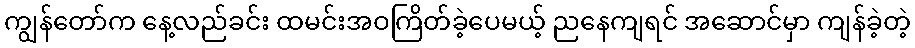
ကျွန်တော်က နေ့လည်ခင်း ထမင်းအဝကြိတ်ခဲ့ပေမယ့် ညနေကျရင် အဆောင်မှာ ကျန်ခဲ့တဲ့